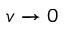
v \to 0